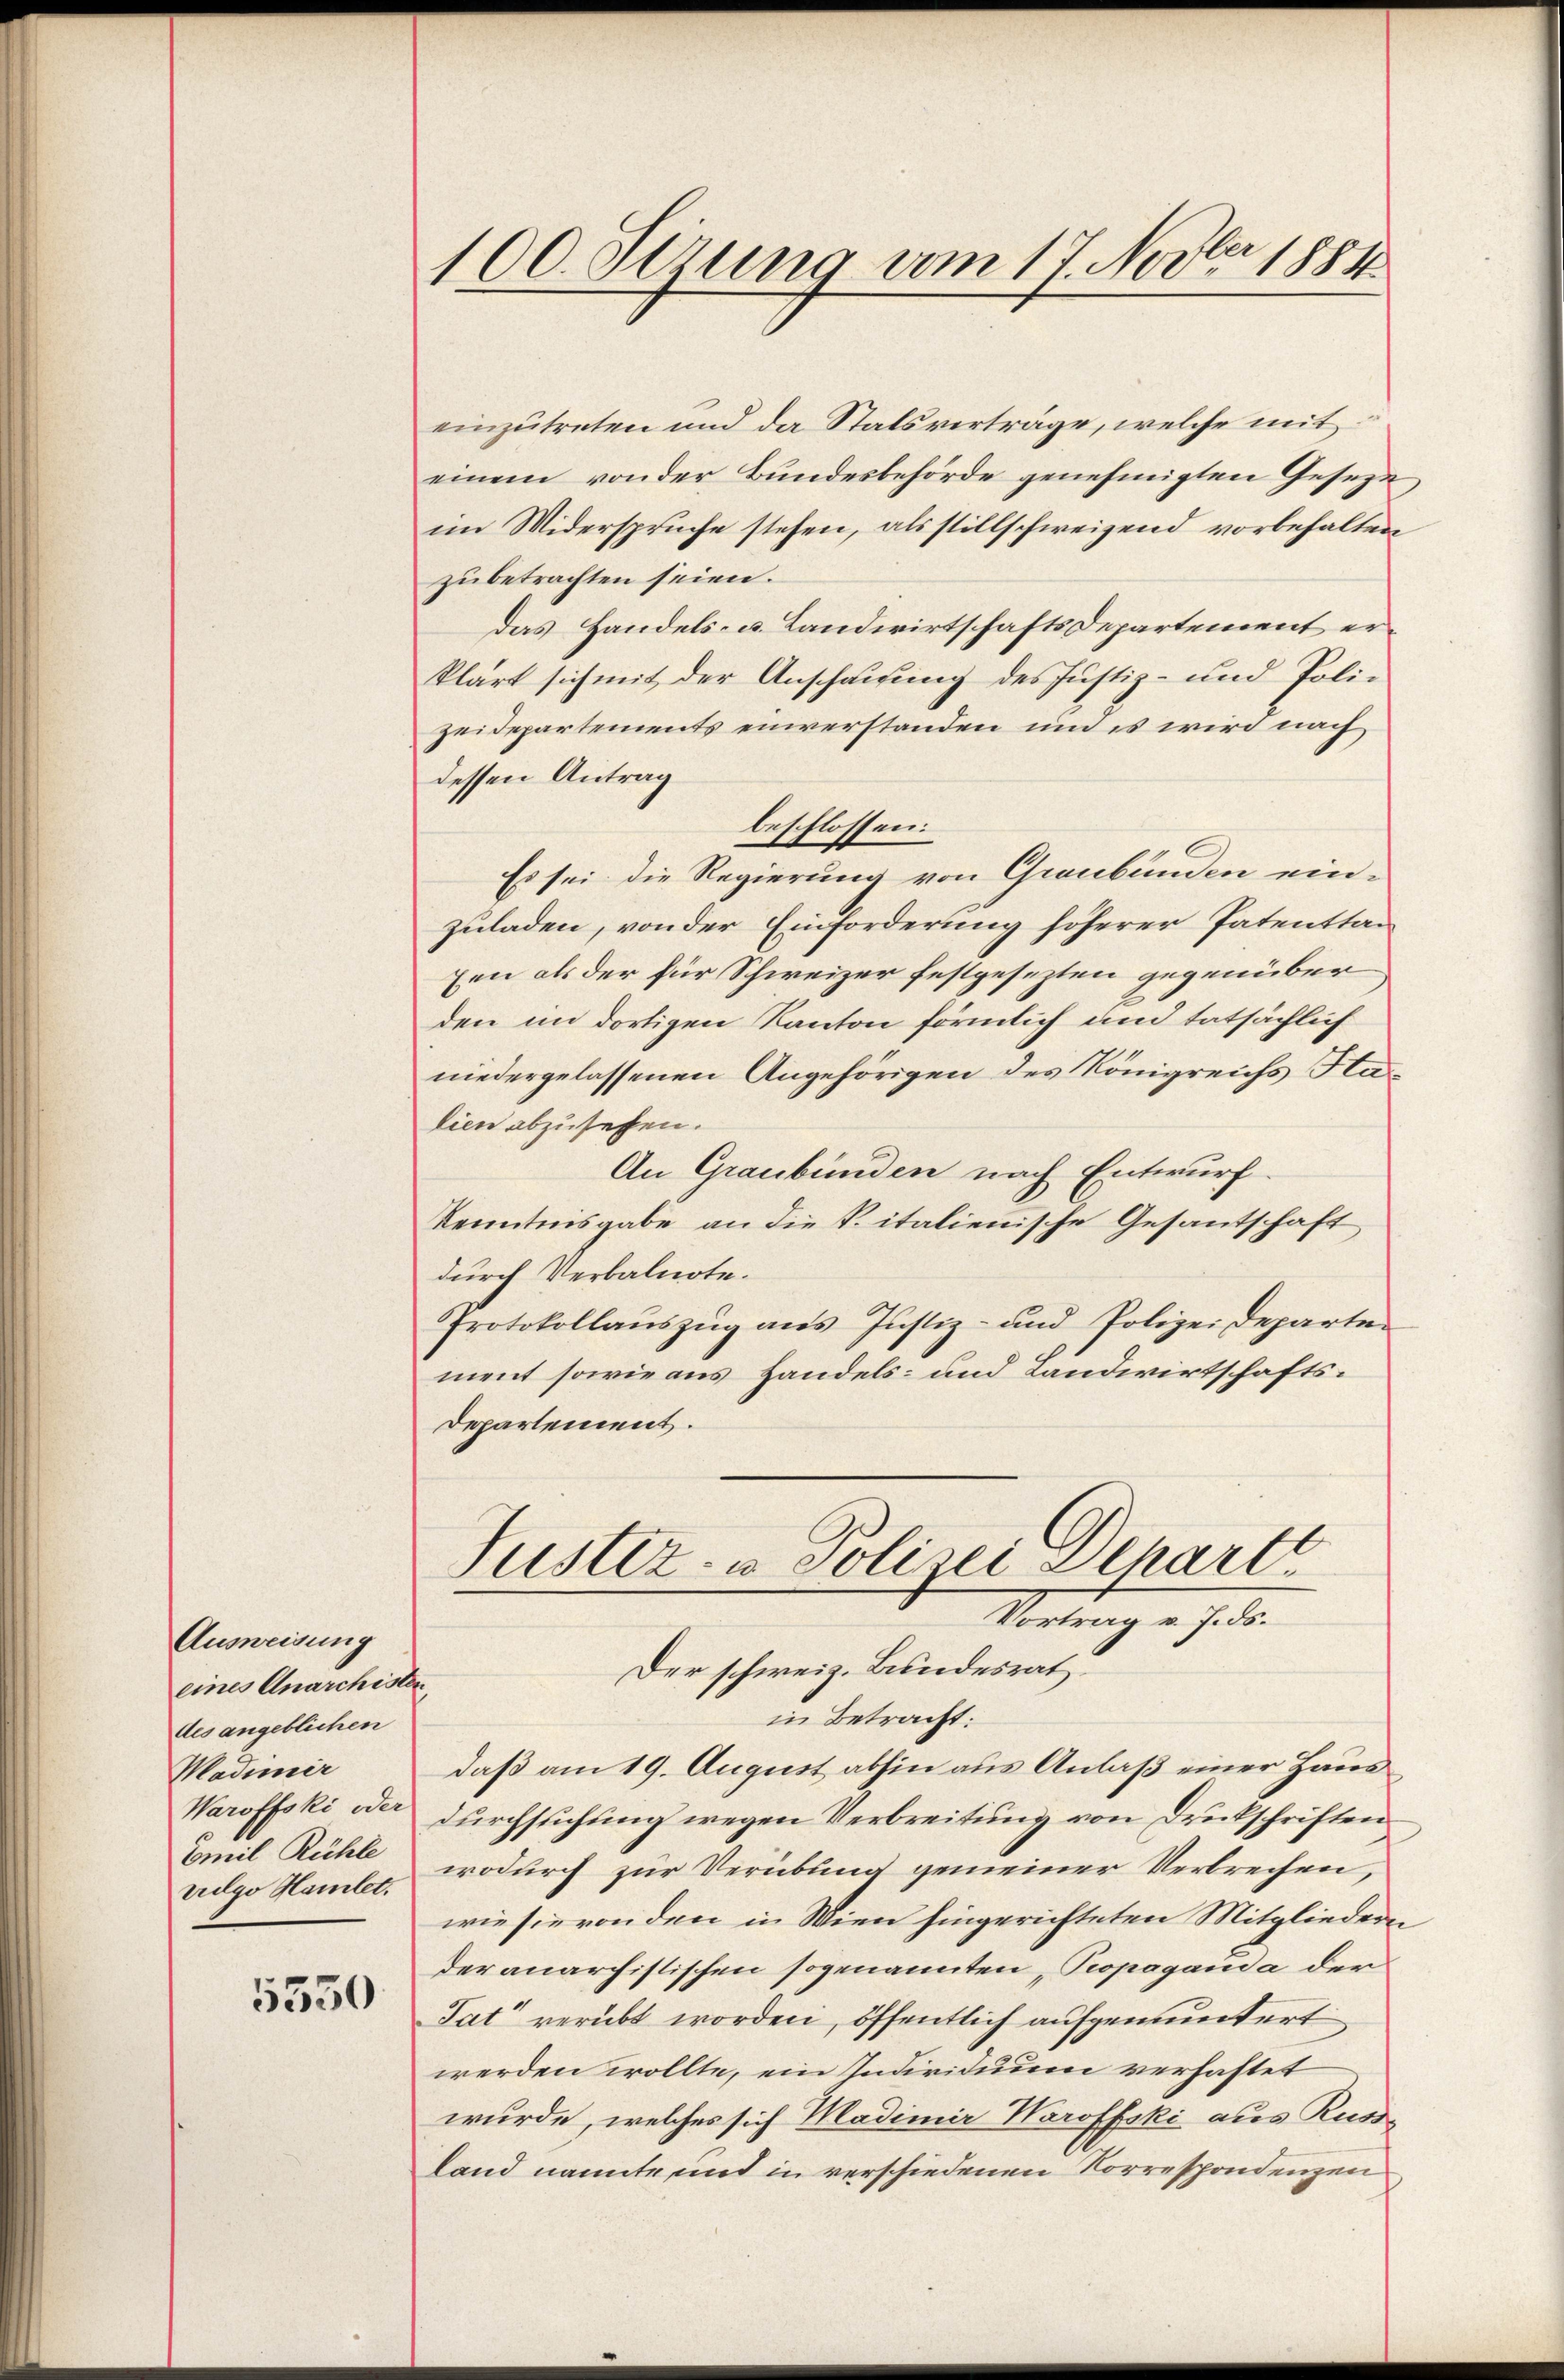
Ausweisung
eines Anarchisten,
des angeblichen
Madimir
Waroffski oder
Comit Rühle
vulgo Hamlet.

5350

100. Serung vom 17. Novbr. 1884

einzutreten und da Statsverträge, welche mit
einem von der Bŭndesbehörde genehmigten Geseze
im Widerspruche stehen, als stillschweizend vorbehalten
zu betrachten seien.
das Handels- u. Landwirtschafts Departement erklärt sich mit der Anschauung des Justiz- und Polizeidepartements einverstanden und es wird nach
dessen Antrag
beschlossen:
Es sei die Regierung von Graubünden ein-
zuladen, von der Einforderung höherer Patenttan
xen als der für Schweizer festgesezten gegenüber
den im dortigen Kanton förmlich und tatsächlich
niedergelassenen Angehörigen des Königreichs Halien abzusehen.
An Graubünden nach Entwurf.
Kenntnisgabe an die k. italienische Gesantschaft
durch Verbalnote.
Protokollaŭszŭg ans Justiz- und Polizeideparten
ment sowie aus Handels- und Landwirtschafts¬
Departement.
Justiz- u Polizei Schartt
Vortrag v. J. ds.
Der schweiz. Bundesrat
in Betracht:
daß am 19. August abhin aus Anlaß einer Haus
durchsuchung wegen Verbreitung von Druckschriften
wodurch zur Verübung gemeiner Verbrechen,
wie sie von den in Wien hingerichteten Mitgliedern
der anarchistischen sogenannten „Propaganda der
Tat“ verübt worden, öffentlich aufgemuntert
werden wollte, ein Individuum verhaftet
wurde, welches sich Madimir Waroffski aus Russ-
land nannte und in verschiedenen Korrespondenzen